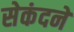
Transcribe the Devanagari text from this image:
सेकंदने